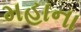
મહાના